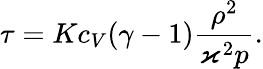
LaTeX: \tau=Kc_{V}(\gamma-1)\frac{\rho^{2}}{\varkappa^{2}p}.